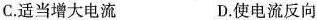
C.适当增大电流 D.使电流反向